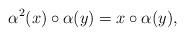
LaTeX: \begin{align*}\alpha^{2}(x)\circ\alpha(y)=x\circ\alpha(y),\end{align*}